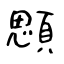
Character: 顋